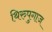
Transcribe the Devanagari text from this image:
थिरुपुगाज